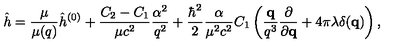
\hat { h } = \frac { \mu } { \mu ( q ) } \hat { h } ^ { ( 0 ) } + \frac { C _ { 2 } - C _ { 1 } } { \mu c ^ { 2 } } \frac { \alpha ^ { 2 } } { q ^ { 2 } } + \frac { \hbar ^ { 2 } } { 2 } \frac { \alpha } { \mu ^ { 2 } c ^ { 2 } } C _ { 1 } \left( \frac { { \bf q } } { q ^ { 3 } } \frac { \partial } { \partial { \bf q } } + 4 \pi \lambda \delta ( { \bf q } ) \right) ,